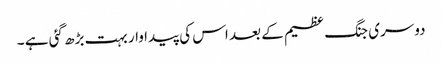
دوسری جنگ عظیم کے بعد اس کی پیدا وار بہت بڑھ گئی ہے ۔